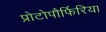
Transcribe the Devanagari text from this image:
प्रोटोपौर्फिरिया